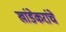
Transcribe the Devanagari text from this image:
खांडेकरांचे